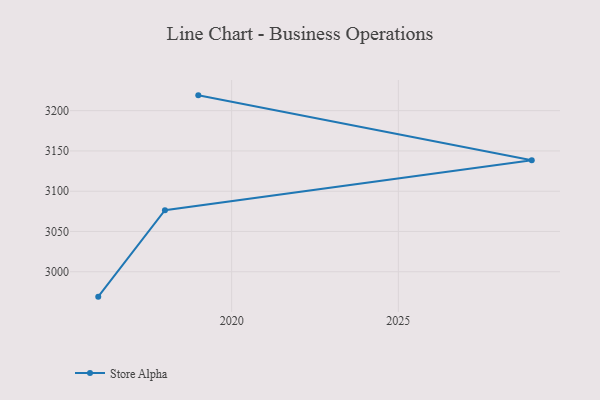
{"axis": {"x": "Year", "y": "Market Share (%)"}, "legend": ["Store Alpha"], "data": [{"x": "2016", "y": 2969.1, "type": "Store Alpha"}, {"x": "2018", "y": 3076.5, "type": "Store Alpha"}, {"x": "2029", "y": 3138.4, "type": "Store Alpha"}, {"x": "2019", "y": 3219.0, "type": "Store Alpha"}]}